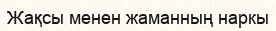
Жақсы менен жаманның наркы